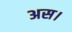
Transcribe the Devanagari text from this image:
अस।